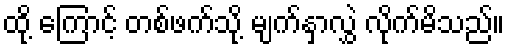
ထို့ ကြောင့် တစ်ဖက်သို့ မျက်နှာလွှဲ လိုက်မိသည်။